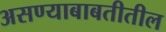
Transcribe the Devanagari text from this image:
असण्याबाबतीतील